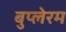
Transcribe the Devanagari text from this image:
बुप्लेरम